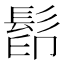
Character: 𩬵